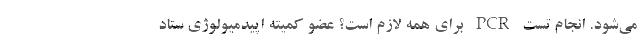
می‌شود. انجام تست PCR برای همه لازم است؟ عضو کمیته اپیدمیولوژی ستاد